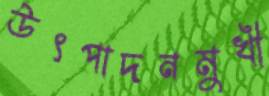
উৎপাদনমুখী